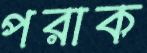
পরাক